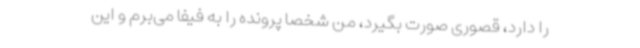
را دارد، قصوری صورت بگیرد، من شخصا پرونده را به فیفا می‌برم و این